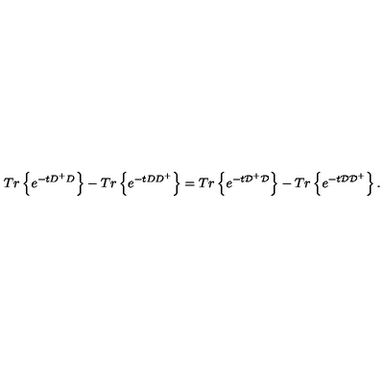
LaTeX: T r \left\{ e ^ { - t D ^ { + } D } \right\} - T r \left\{ e ^ { - t D D ^ { + } } \right\} = T r \left\{ e ^ { - t { \cal D ^ { + } D } } \right\} - T r \left\{ e ^ { - t { \cal D D } ^ { + } } \right\} .